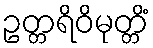
ဥတ္တရိဝိမုတ္တိံ